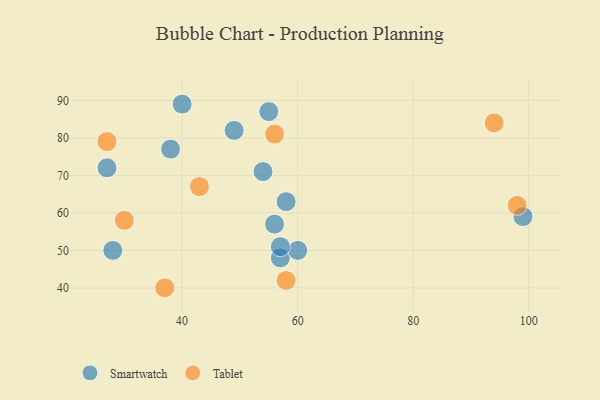
{"axis": {"x": "GDP", "y": "Life Expectancy"}, "legend": ["Smartwatch", "Tablet"], "data": [{"x": "57", "y": 48, "type": "Smartwatch"}, {"x": "40", "y": 89, "type": "Smartwatch"}, {"x": "58", "y": 63, "type": "Smartwatch"}, {"x": "56", "y": 57, "type": "Smartwatch"}, {"x": "60", "y": 50, "type": "Smartwatch"}, {"x": "28", "y": 50, "type": "Smartwatch"}, {"x": "99", "y": 59, "type": "Smartwatch"}, {"x": "27", "y": 72, "type": "Smartwatch"}, {"x": "38", "y": 77, "type": "Smartwatch"}, {"x": "54", "y": 71, "type": "Smartwatch"}, {"x": "49", "y": 82, "type": "Smartwatch"}, {"x": "55", "y": 87, "type": "Smartwatch"}, {"x": "57", "y": 51, "type": "Smartwatch"}, {"x": "58", "y": 42, "type": "Tablet"}, {"x": "98", "y": 62, "type": "Tablet"}, {"x": "30", "y": 58, "type": "Tablet"}, {"x": "56", "y": 81, "type": "Tablet"}, {"x": "94", "y": 84, "type": "Tablet"}, {"x": "43", "y": 67, "type": "Tablet"}, {"x": "37", "y": 40, "type": "Tablet"}, {"x": "27", "y": 79, "type": "Tablet"}]}